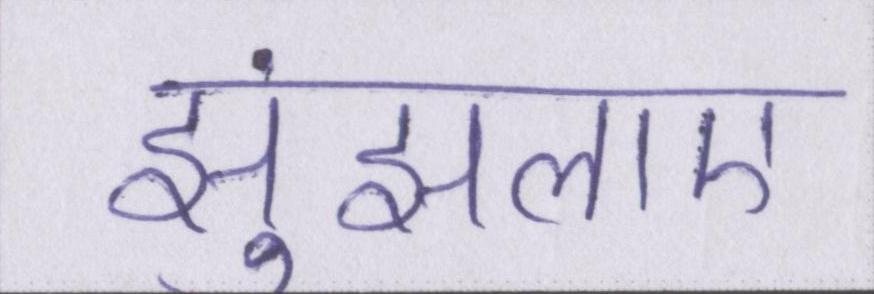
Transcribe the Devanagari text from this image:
झुंझलाए